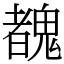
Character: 䰩